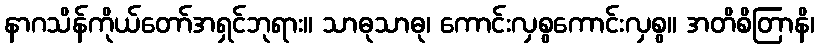
နာဂသိန်ကိုယ်တော်အရှင်ဘုရား။ သာဓုသာဓု၊ ကောင်းလှစွကောင်းလှစွ။ အတိစိတြာနိ၊